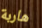
هاربة